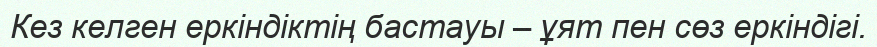
Кез келген еркіндіктің бастауы – ұят пен сөз еркіндігі.